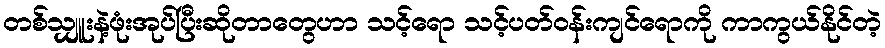
တစ်သျှူးနဲ့ဖုံးအုပ်ပြီးဆိုတာတွေဟာ သင့်ရော သင့်ပတ်ဝန်းကျင်ရောကို ကာကွယ်နိုင်တဲ့